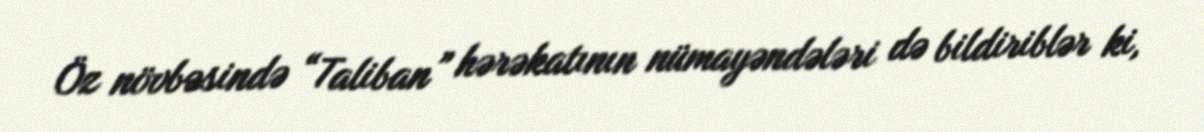
Öz növbəsində “Taliban” hərəkatının nümayəndələri də bildiriblər ki,